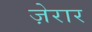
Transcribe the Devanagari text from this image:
ज़ेरार